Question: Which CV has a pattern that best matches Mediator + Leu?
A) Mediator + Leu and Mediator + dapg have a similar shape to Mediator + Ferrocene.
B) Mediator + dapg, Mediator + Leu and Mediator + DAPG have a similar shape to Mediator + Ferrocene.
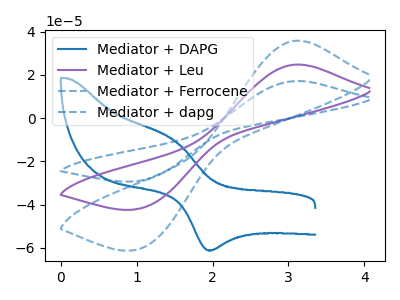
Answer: <think>The blue curve "Mediator + DAPG" has an anodic peak at (1.50V, -10.35uA) and a cathodic peak at (1.95V, -61.15uA). The purple curve "Mediator + Leu" has an anodic peak at (3.15V, 24.80uA) and a cathodic peak at (1.05V, -41.65uA). The blue dashed curve "Mediator + Ferrocene" has an anodic peak at (3.15V, 35.85uA) and a cathodic peak at (1.05V, -60.15uA). The blue dashed curve "Mediator + dapg" has an anodic peak at (3.15V, 49.65uA) and a cathodic peak at (1.05V, -83.30uA).
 "Mediator + DAPG" and "Mediator + Leu" have at least one peak that do not match. "Mediator + DAPG" and "Mediator + Ferrocene" have at least one peak that do not match. "Mediator + DAPG" and "Mediator + dapg" have at least one peak that do not match. All the peaks in "Mediator + Leu" have a peak in "Mediator + Ferrocene" at the same potential. Every peak in "Mediator + Leu" is lower than every peak in "Mediator + Ferrocene". All the peaks in "Mediator + Leu" have a peak in "Mediator + dapg" at the same potential. Every peak in "Mediator + Leu" is lower than every peak in "Mediator + dapg". All the peaks in "Mediator + Ferrocene" have a peak in "Mediator + dapg" at the same potential. Every peak in "Mediator + Ferrocene" is lower than every peak in "Mediator + dapg".</think>
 <answer>A) "Mediator + Leu" and "Mediator + dapg" have a similar shape to "Mediator + Ferrocene".</answer>
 <eval>A</eval>